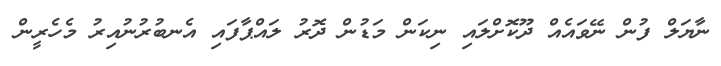
ނާޔަލް ފުން ނޭވައެއް ދޫކޮށްލައި ނިކަން މަޑުން ދޮރު ލައްޕާފައި އެނބުރުނުއިރު މެހެރީން